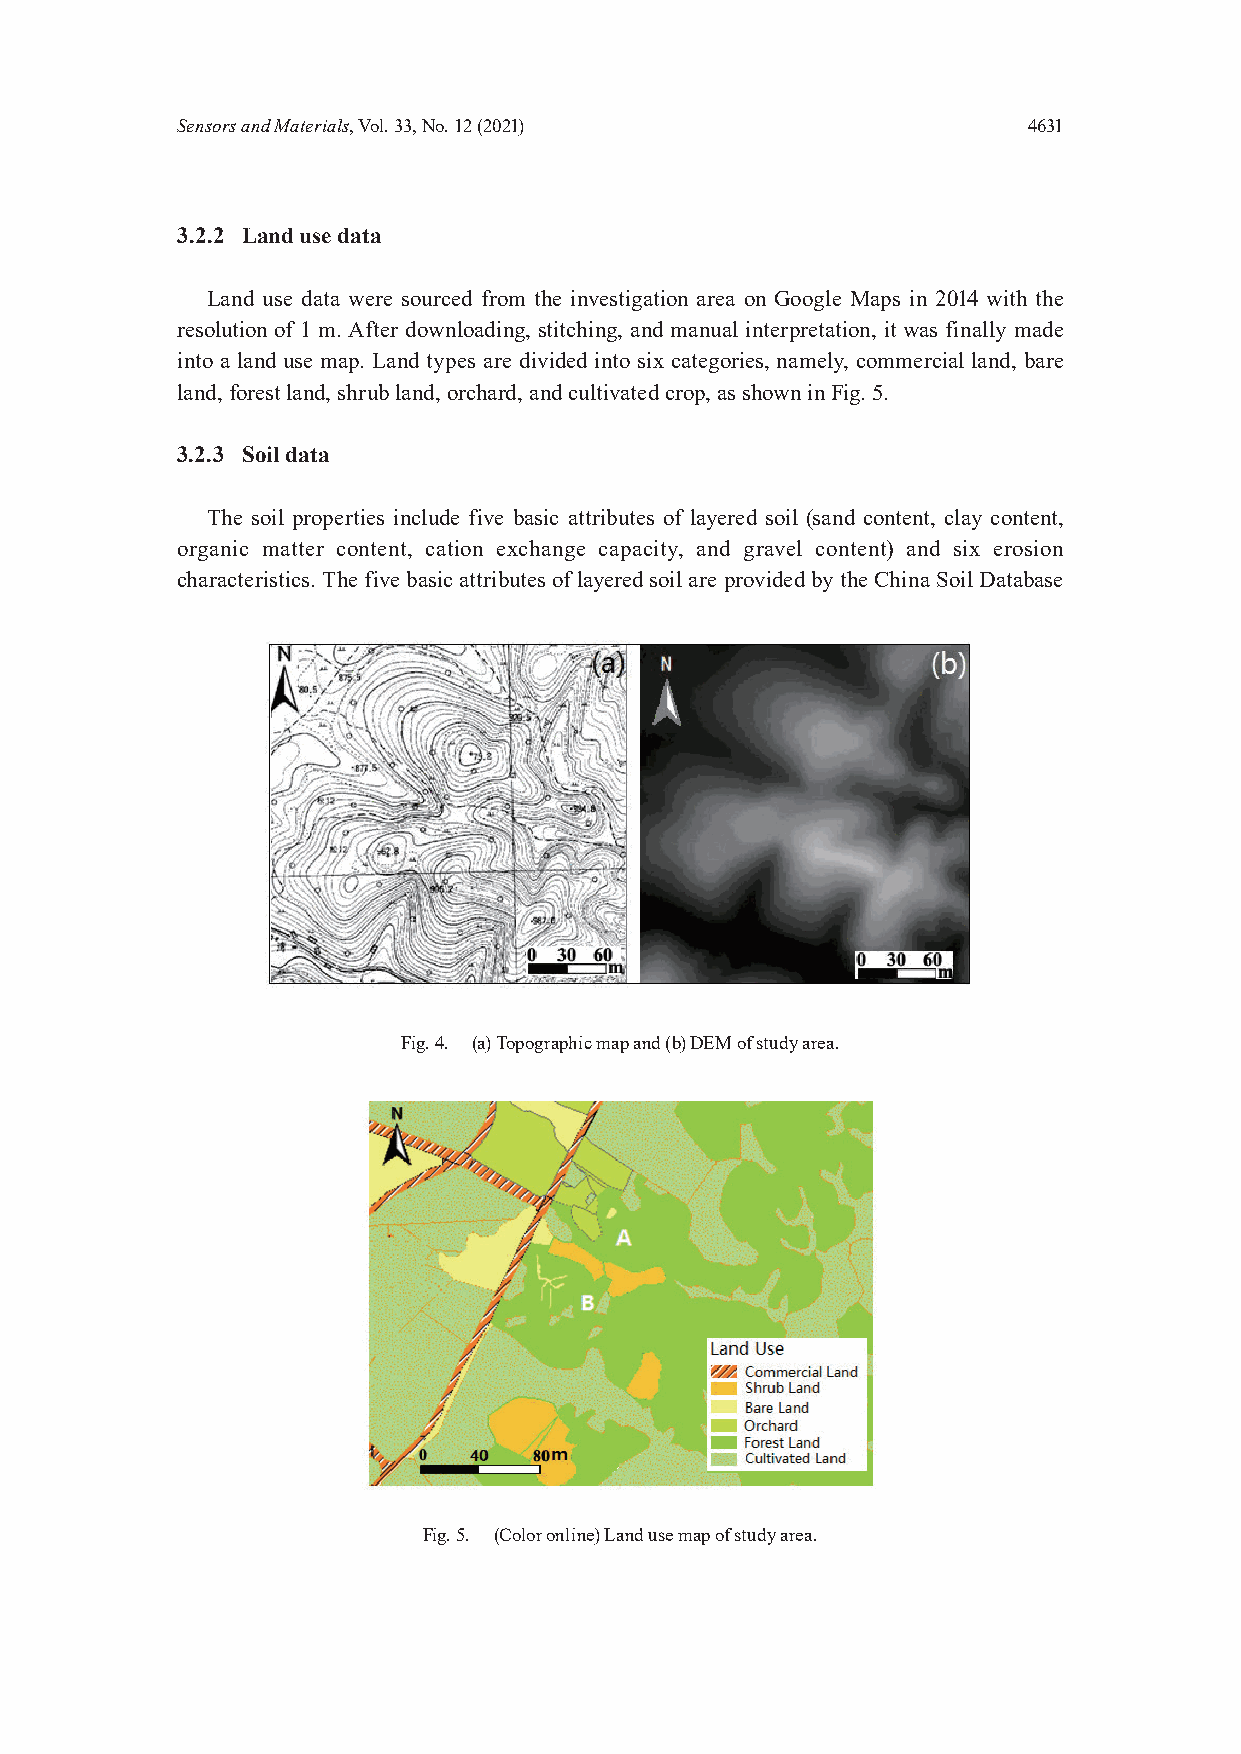
Sensors and Materials, Vol. 33, No. 12 (2021)           4631
 3.2.2 Land use data
 Land use data were sourced from the investigation area on Google Maps in 2014 with the
 resolution of 1 m. After downloading, stitching, and manual interpretation, it was finally made
 into a land use map. Land types are divided into six categories, namely, commercial land, bare
 land, forest land, shrub land, orchard, and cultivated crop, as shown in Fig. 5.
 3.2.3 Soil data
 The soil properties include five basic attributes of layered soil (sand content, clay content,
 organic matter content, cation exchange capacity, and gravel content) and six erosion
 characteristics. The five basic attributes of layered soil are provided by the China Soil Database
 Fig. 4. (a) Topographic map and (b) DEM of study area.
 Fig. 5. (Color online) Land use map of study area.